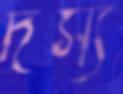
দস্য